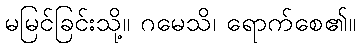
မမြင်ခြင်းသို့။ ဂမေသိ၊ ရောက်စေ၏။